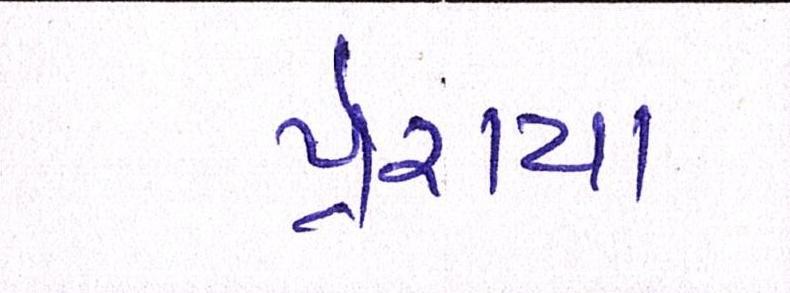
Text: પ્રેરાયા